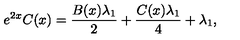
e ^ { 2 x } C ( x ) = \frac { B ( x ) \lambda _ { 1 } } { 2 } + \frac { C ( x ) \lambda _ { 1 } } { 4 } + \lambda _ { 1 } ,